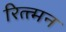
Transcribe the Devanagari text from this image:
रित्त्मन